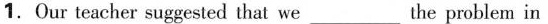
1.Our teacher suggested that we___the problem in